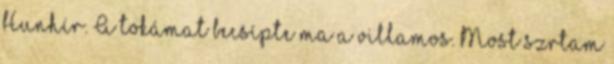
Hunhír. A tokámat becsípte ma a villamos. Most szrtam